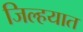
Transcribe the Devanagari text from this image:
जिल्‍हयात